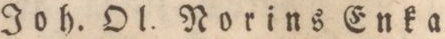
Joh. Ol. Norins Enka.